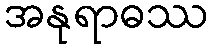
အနုရာဓဿ